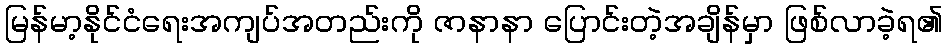
မြန်မာ့နိုင်ငံရေးအကျပ်အတည်းကို ဇာနာနာ ပြောင်းတဲ့အချိန်မှာ ဖြစ်လာခဲ့ရ၏